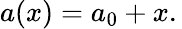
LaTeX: a(x)=a_{0}+x.\,